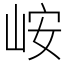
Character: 峖